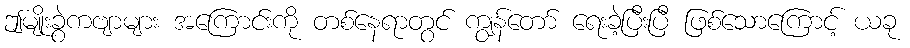
ဤမျိုးခွဲကဗျာများ အကြောင်းကို တစ်နေရာတွင် ကျွန်တော် ရေးခဲ့ပြီးပြီ ဖြစ်သောကြောင့် ယခု